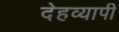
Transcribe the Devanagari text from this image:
देहव्यापी